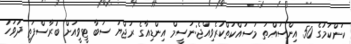
ކަންކަމުގެ 50 އިންސައްތަ މަސައްކަތްކުރެވިއްޖެ:ނަސީމް އިންޑިއާގެ ރަޖްޔަ ސަބާ ޓީވީއަށް ބުރާސްފަތި ދުވަހު